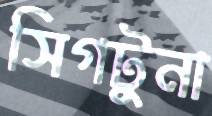
সিগটুনা